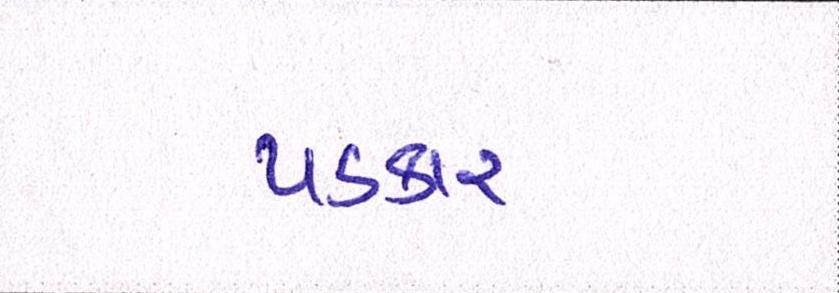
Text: પડકાર